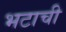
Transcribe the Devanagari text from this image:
भटाची